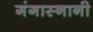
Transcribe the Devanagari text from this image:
गंगास्नानी